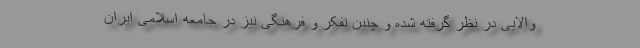
والایی در نظر گرفته شده و چنین تفکر و فرهنگی نیز در جامعه اسلامی ایران